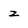
Character: z